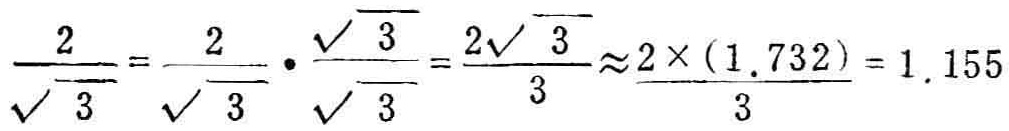
$\frac{2}{\sqrt{3}}=\frac{2}{\sqrt{3}}\cdot\frac{\sqrt{3}}{\sqrt{3}}=\frac{2\sqrt{3}}{3}\approx\frac{2\times(1.732)}{3}=1.155$